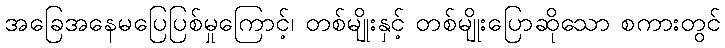
အခြေအနေမပြေပြစ်မှုကြောင့်၊ တစ်မျိုးနှင့် တစ်မျိုးပြောဆိုသော စကားတွင်